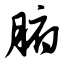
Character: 腑